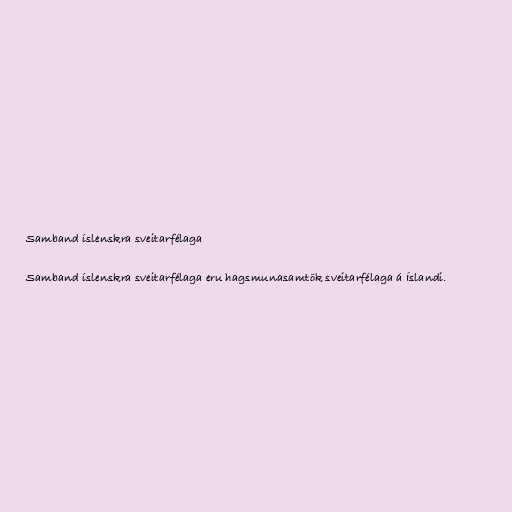
Samband íslenskra sveitarfélaga

Samband íslenskra sveitarfélaga eru hagsmunasamtök sveitarfélaga á Íslandi.